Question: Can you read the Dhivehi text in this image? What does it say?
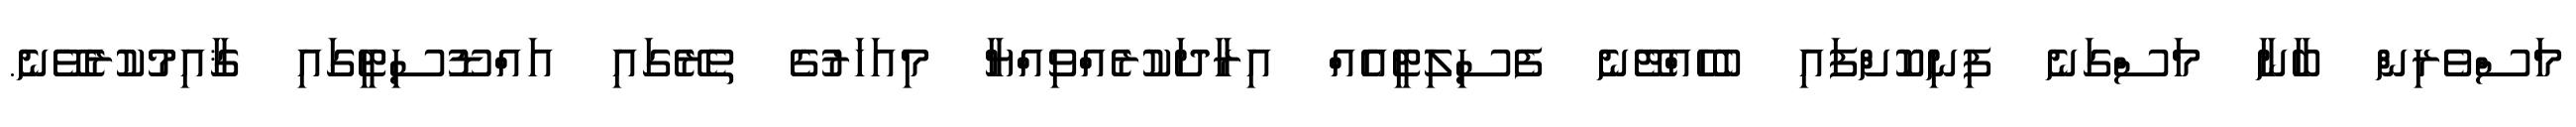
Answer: މަސްވެރިން ބާނާ މަސްގަނެ ފިނިކޮށްފައި ބެހެއްޓޭނެ ފެސިލިޓީއެއް އިރާދަކުރެއްވިއްޔާ މިއަހަރުގެ ތެރޭގައި އައްޑޫސިޓީގައި ޤާއިމުކުރެވޭނެ.